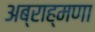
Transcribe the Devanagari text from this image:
अब्राह्मणा